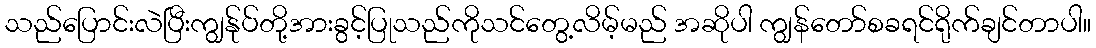
သည်ပြောင်းလဲပြီးကျွန်ုပ်တို့အားခွင့်ပြုသည်ကိုသင်တွေ့လိမ့်မည် အဆိုပါ ကျွန်တော်စခရင်ရိုက်ချင်တာပါ။